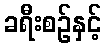
ခရီးစဉ်နှင့်